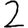
Digit: 2